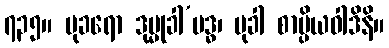
၇၃၅။ မုခရော ဒုမ္မုခါ’ဗဒ္ဓ၊ မုခါ စာပ္ပိယဝါဒိနိ။